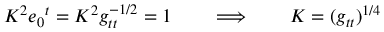
K ^ { 2 } e _ { 0 } { } ^ { t } = K ^ { 2 } g _ { t t } ^ { - 1 / 2 } = 1 \qquad \Longrightarrow \qquad K = ( g _ { t t } ) ^ { 1 / 4 }